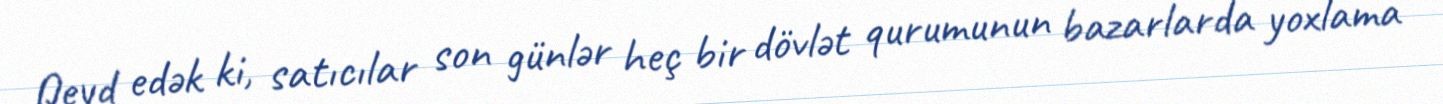
Qeyd edək ki, satıcılar son günlər heç bir dövlət qurumunun bazarlarda yoxlama